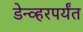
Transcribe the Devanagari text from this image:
डेन्व्हरपर्यंत